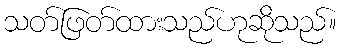
သတ်ဖြတ်ထားသည်ဟုဆိုသည်။